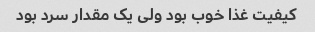
کیفیت غذا خوب بود ولی یک مقدار سرد بود